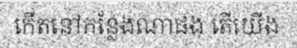
កើតនៅកន្លែងណាផង តើយើង